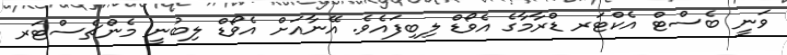
ވަނީ ބެސްޓް އެކްޓަރ ޑްރާމާގެ އެވޯޑް ލިބިފައެވެ. އޭނާއަށް އެވޯޑް ލިބުނީ މެެންޗެސްޓަރ